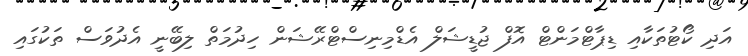
އަދި ކޯޓުތަކާއި ޑިޕާޓްމަންޓް އޮފް ޖުޑީޝަލް އެޑްމިނިސްޓްރޭޝަން ހިދުމަތް ލިބޭނީ އެދުވަސް ތަކުގައި